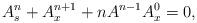
LaTeX: \begin{align*}A^n_s+A^{n+1}_x+nA^{n-1}A^0_x=0,\end{align*}